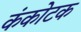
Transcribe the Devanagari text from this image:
कंकोटक